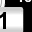
Digit: 1